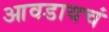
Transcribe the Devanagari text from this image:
आवडायचं